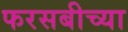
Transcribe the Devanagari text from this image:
फरसबीच्या